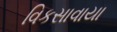
વિકસાવાયા